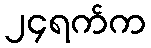
၂၄ရက်က